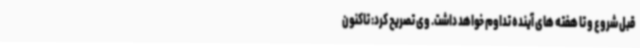
قبل شروع و تا هفته های آینده تداوم خواهد داشت. وی تصریح کرد: تاکنون